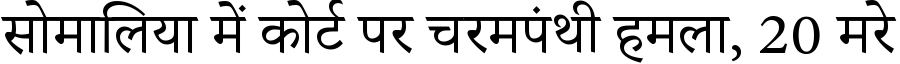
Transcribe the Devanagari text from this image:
सोमालिया में कोर्ट पर चरमपंथी हमला, 20 मरे